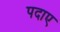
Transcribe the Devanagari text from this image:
पदाए